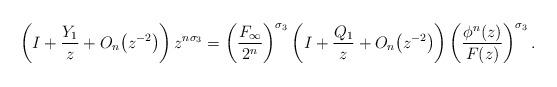
LaTeX: \begin{gather*}\left(I + \frac{Y_1}{z} + O_n\big(z^{-2}\big)\right)z^{n\sigma_3} = \left(\frac{F_\infty}{2^n}\right)^{\sigma_3}\left(I + \frac{Q_1}{z} + O_n\big(z^{-2}\big)\right)\left(\frac{\phi^n(z)}{F(z)}\right)^{\sigma_3}.\end{gather*}